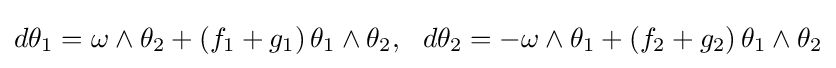
d\theta _{1}=\omega \wedge \theta _{2}+(f_{1}+g_{1})\,\theta _{1}\wedge \theta _{2},\,\,\,\,d\theta _{2}=-\omega \wedge \theta _{1}+(f_{2}+g_{2})\,\theta _{1}\wedge \theta _{2}